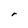
Character: r